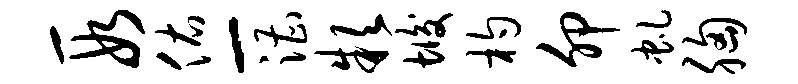
段佑-漕款垢杓卯虬胸